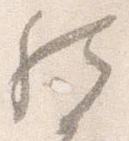
然